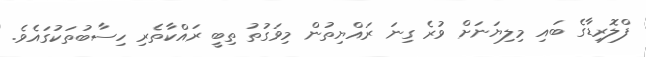
ފްލޮރިޑާގެ ބައި މިލިޔަނަށް ވުރެ ގިނަ ރައްޔިތުން މިވަގުތު ތިބީ ރައްކާތެރި ހިސާބުތަކުގައެވެ.